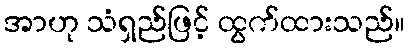
အာဟု သံရှည်ဖြင့် ထွက်ထားသည်။